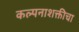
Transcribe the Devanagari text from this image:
कल्पनाशक्तीचा